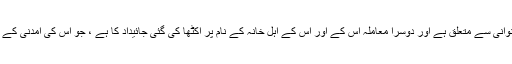
ایک کیس ٹھیکے دینے میں بدعنوانی سے متعلق ہے اور دوسرا معاملہ اس کے اور اس کے اہل خانہ کے نام پر اکٹھا کی گئی جائیداد کا ہے ، جو اس کی آمدنی کے معلوم ذرائع سے کافی زیادہ ہے۔